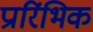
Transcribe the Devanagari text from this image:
प्रारिंभिक